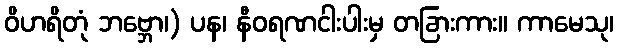
ဝိဟရိတုံ ဘဗ္ဘော၊) ပန၊ နီဝရဏငါးပါးမှ တခြားကား။ ကာမေသု၊